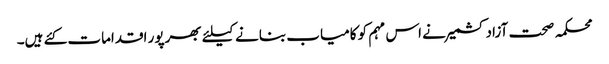
محکمہ صحت آزادکشمیر نے اس مہم کو کامیاب بنانے کیلئے بھرپور اقدامات کئے ہیں۔